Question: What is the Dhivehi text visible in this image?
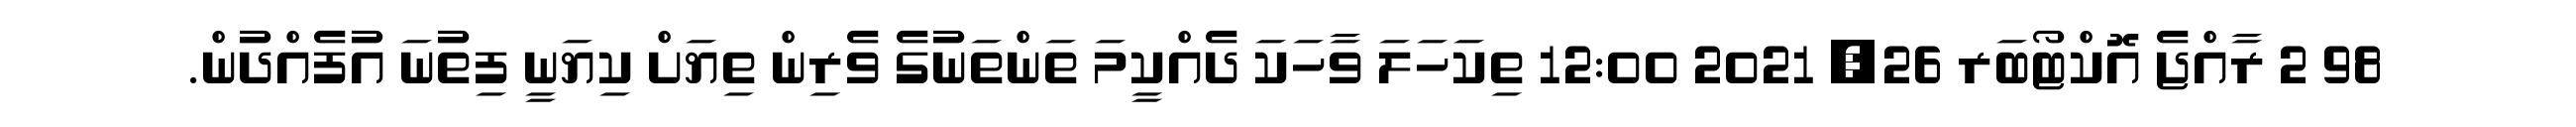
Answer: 98 2 ރާއްޖެ އޮކްޓޯބަރ 26, 2021 12:00 ތިކަހަލަ ވާހަކަ ދެއްކީމަ ތަންތަނުގެ ވެރިން ތިޔަށް ކިޔަނީ ފިތުނަ އުފެއްދުން.